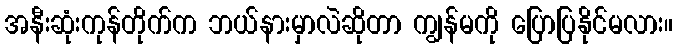
အနီးဆုံးကုန်တိုက်က ဘယ်နားမှာလဲဆိုတာ ကျွန်မကို ပြောပြနိုင်မလား။